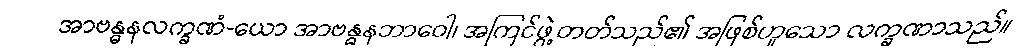
အာဗန္ဓနလက္ခဏံ-ယော အာဗန္ဓနဘာဝေါ၊ အကြင်ဖွဲ့တတ်သည်၏ အဖြစ်ဟူသော လက္ခဏာသည်။